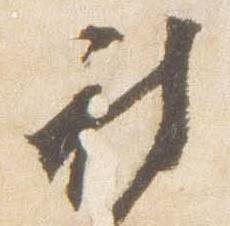
被